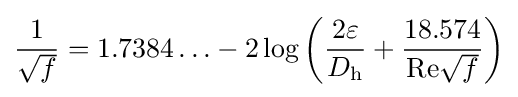
{\frac {1}{\sqrt {f}}}=1.7384\ldots -2\log \left({\frac {2\varepsilon }{D_{\mathrm {h} }}}+{\frac {18.574}{\mathrm {Re} {\sqrt {f}}}}\right)